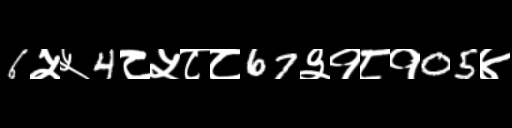
Text: 6५५4८५८८67३१८१05४